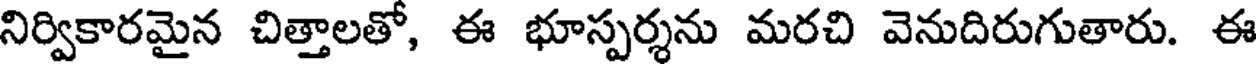
నిర్వికారమైన చిత్తాలతో, ఈ భూస్పర్శను మరచి వెనుదిరుగుతారు. ఈ